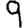
Digit: 9